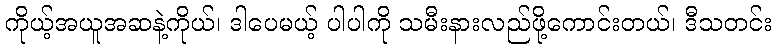
ကိုယ့်အယူအဆနဲ့ကိုယ်၊ ဒါပေမယ့် ပါပါကို သမီးနားလည်ဖို့ကောင်းတယ်၊ ဒီသတင်း